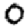
Digit: 0